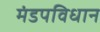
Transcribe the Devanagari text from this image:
मंडपविधान